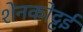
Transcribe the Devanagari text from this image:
शेनकोट्टई